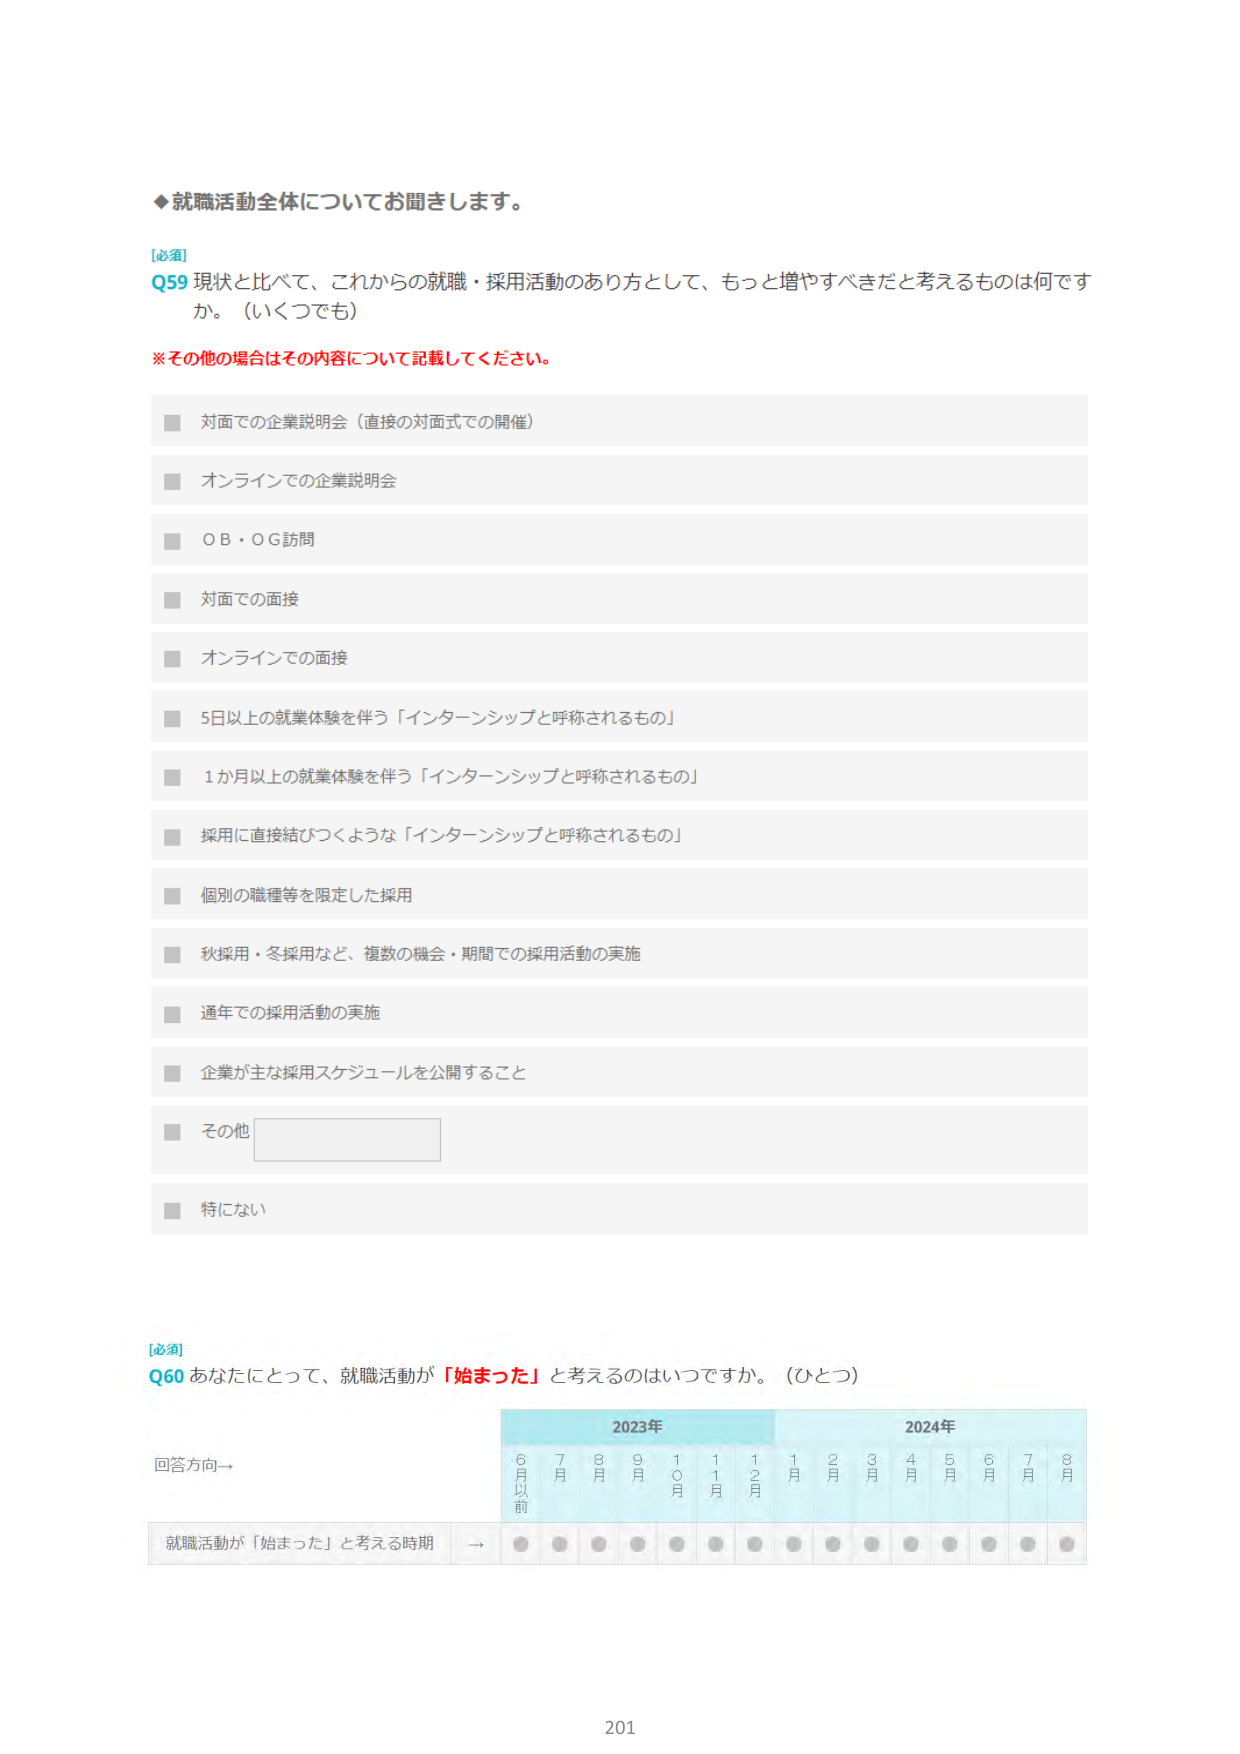
◆就職活動全体についてお聞きします。

[必須]
Q59 現状と比べて、これからの就職・採用活動のあり方として、もっと増やすべきだと考えるものは何ですか。（いくつでも）

※その他の場合はその内容について記載してください。

■ 対面での企業説明会（直接の対面式での開催）
■ オンラインでの企業説明会
■ OB・OG訪問
■ 対面での面接
■ オンラインでの面接
■ 5日以上の就業体験を伴う「インターンシップと呼称されるもの」
■ 1か月以上の就業体験を伴う「インターンシップと呼称されるもの」
■ 採用に直接結びつくような「インターンシップと呼称されるもの」
■ 個別の職種等を限定した採用
■ 秋採用・冬採用など、複数の機会・期間での採用活動の実施
■ 通年での採用活動の実施
■ 企業が主な採用スケジュールを公開すること
■ その他
■ 特にない

[必須]
Q60 あなたにとって、就職活動が「始まった」と考えるのはいつですか。（ひとつ）

回答方向→

2023年
6月以前 7月 8月 9月 10月 11月 12月

2024年
1月 2月 3月 4月 5月 6月 7月 8月

就職活動が「始まった」と考える時期 → ● ● ● ● ● ● ● ● ● ● ● ● ● ●

201